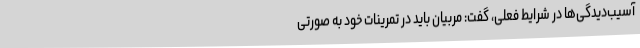
آسیب‌دیدگی‌ها در شرایط فعلی، گفت: مربیان باید در تمرینات خود به صورتی